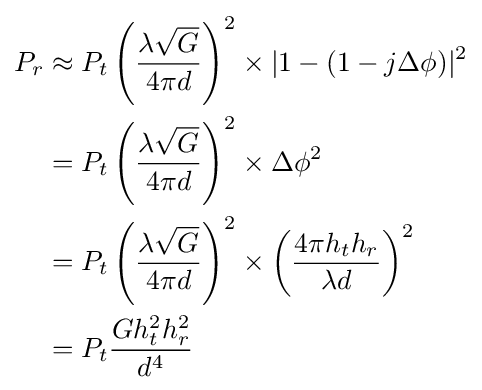
{\begin{aligned}P_{r}&\approx P_{t}\left({\frac {\lambda {\sqrt {G}}}{4\pi d}}\right)^{2}\times |1-(1-j\Delta \phi )|^{2}\\&=P_{t}\left({\frac {\lambda {\sqrt {G}}}{4\pi d}}\right)^{2}\times \Delta \phi ^{2}\\&=P_{t}\left({\frac {\lambda {\sqrt {G}}}{4\pi d}}\right)^{2}\times \left({\frac {4\pi h_{t}h_{r}}{\lambda d}}\right)^{2}\\&=P_{t}{\frac {Gh_{t}^{2}h_{r}^{2}}{d^{4}}}\end{aligned}}